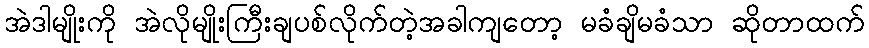
အဲဒါမျိုးကို အဲလိုမျိုးကြီးချပစ်လိုက်တဲ့အခါကျတော့ မခံချိမခံသာ ဆိုတာထက်